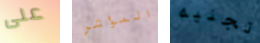
على المؤشر تجنيه